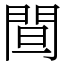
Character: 䦔